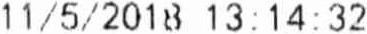
11/5/2018 13:14:32